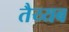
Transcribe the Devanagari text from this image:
तैय्यब